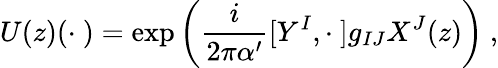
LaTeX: U(z)(\cdot\ )=\exp\left(\frac{i}{2\pi\alpha^{\prime}}[Y^{I},\cdot\ ]g_{IJ}X^{J}(z)\right)\ ,